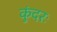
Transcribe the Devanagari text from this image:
कुंदरः